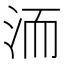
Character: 洏